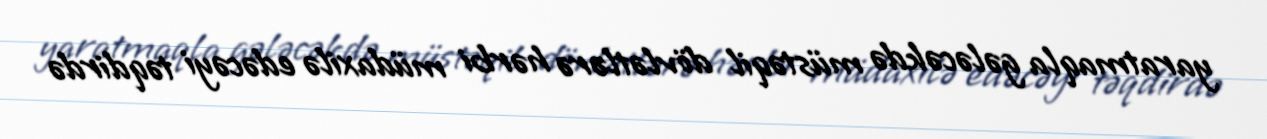
yaratmaqla gələcəkdə müstəqil dövlətlərə hərbi müdaxilə edəcəyi təqdirdə